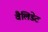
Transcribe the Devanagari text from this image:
वैलिडेट